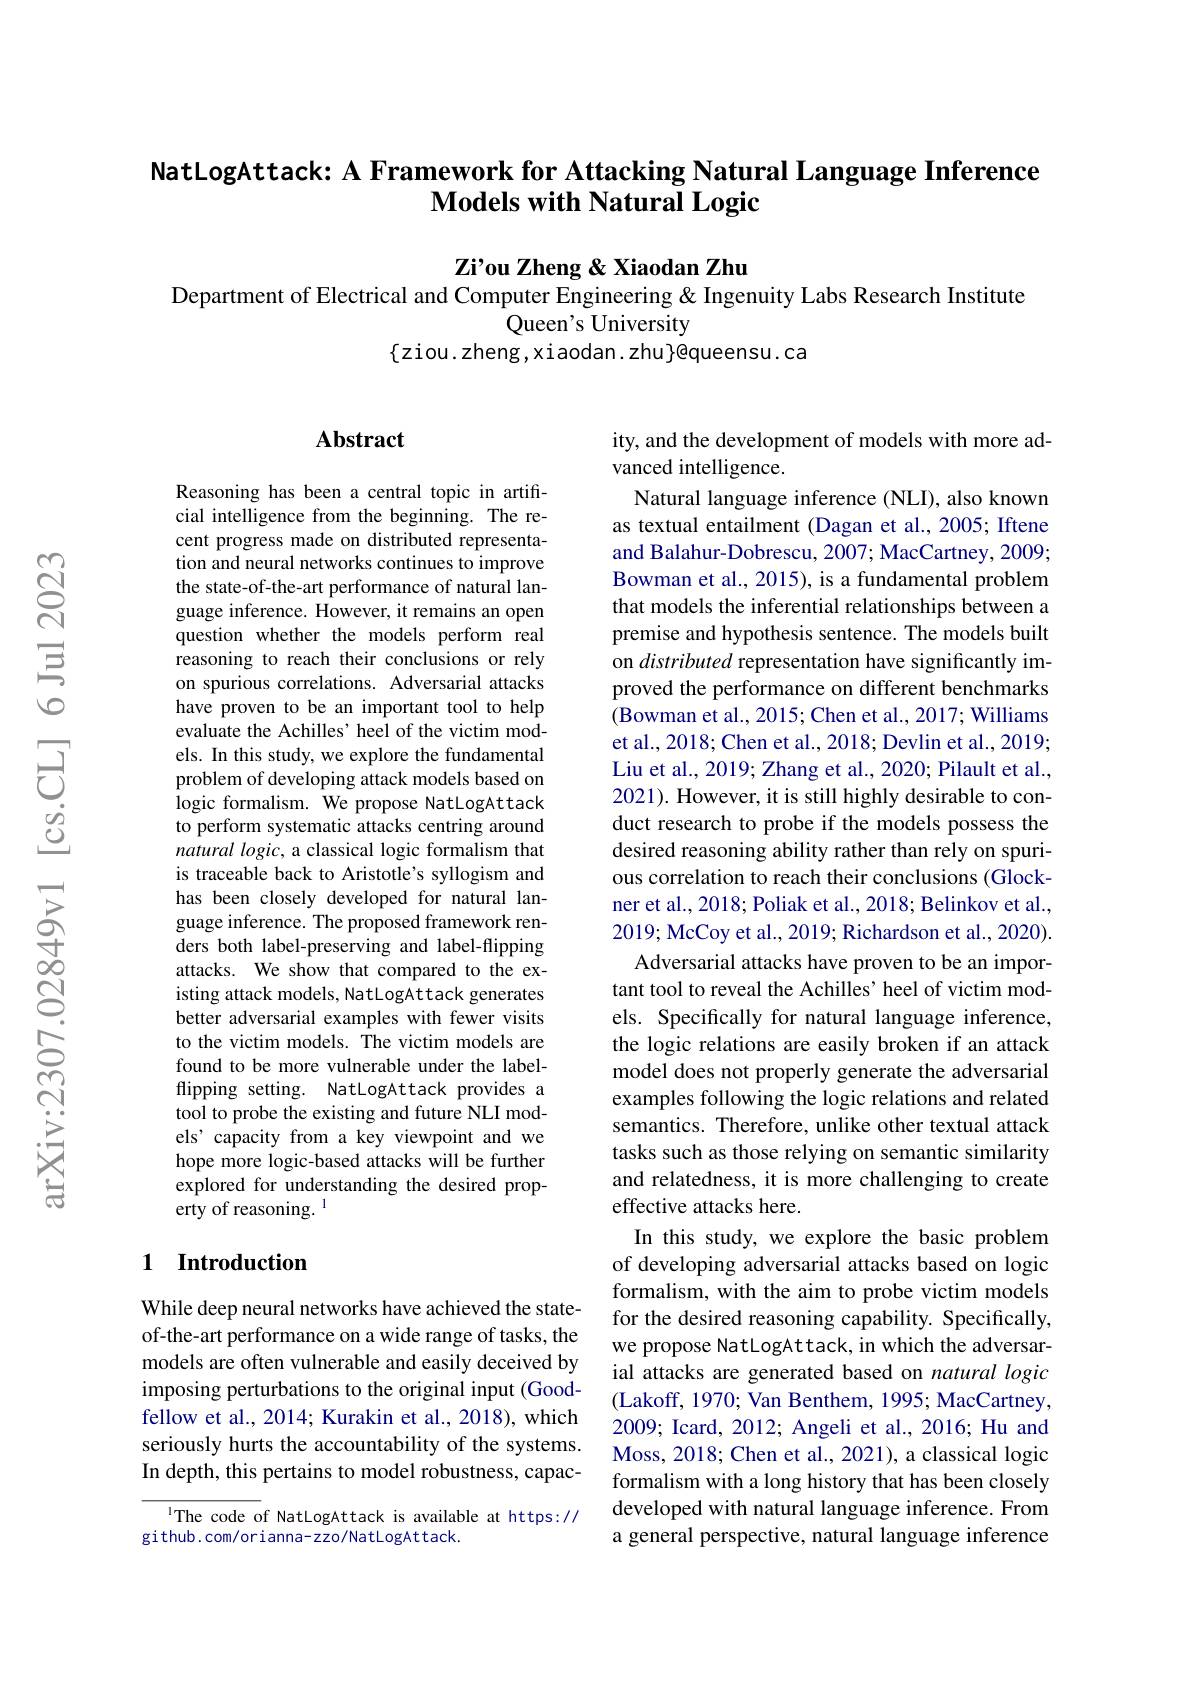
# NatLogAttack: A Framework for Attacking Natural Language Inference $\textbf{Models with Natural Logic}$

Zi'ou Zheng & Xiaodan Zhu
Department of Electrical and Computer Engineering & Ingenuity Labs Research Institute
Queen's University
$\{$ziou.zheng,xiaodan.zhu$\}$@queensu.ca

## Abstract

Reasoning has been a central topic in artificial intelligence from the beginning. The recent progress made on distributed representation and neural networks continues to improve the state-of-the-art performance of natural language inference. However, it remains an open question whether the models perform real reasoning to reach their conclusions or rely on spurious correlations. Adversarial attacks have proven to be an important tool to help evaluate the Achilles' heel of the victim models. In this study, we explore the fundamental problem of developing attack models based on logic formalism. We propose NatLogAttack to perform systematic attacks centring around natural logic, a classical logic formalism that is traceable back to Aristotle's syllogism and has been closely developed for natural language inference. The proposed framework renders both label-preserving and label-flipping attacks. We show that compared to the existing attack models, NatLogAttack generates better adversarial examples with fewer visits to the victim models. The victim models are found to be more vulnerable under the labelflipping setting. NatLogAttack provides a tool to probe the existing and future NLI models' capacity from a key viewpoint and we hope more logic-based attacks will be further explored for understanding the desired prop- ${\hat{\text{erty of reasoning.}}}^{1}$

## 1 Introduction

While deep neural networks have achieved the stateof-the-art performance on a wide range of tasks, the models are often vulnerable and easily deceived by imposing perturbations to the original input (Goodfellow et al., 2014; Kurakin et al., 2018), which seriously hurts the accountability of the systems. In depth, this pertains to model robustness, capac-

IThe code of NatLogAttack is available at https://
github.com/orianna-zzo/NatLogAttack.

ity, and the development of models with more ad-
vanced intelligence.
Natural language inference (NLI), also known as textual entailment (Dagan et al., 2005; Iftene and Balahur-Dobrescu, 2007; MacCartney, 2009; Bowman et al., 2015), is a fundamental problem that models the inferential relationships between a premise and hypothesis sentence. The models built on distributed representation have significantly improved the performance on different benchmarks (Bowman et al., 2015; Chen et al., 2017; Williams et al., 2018; Chen et al., 2018; Devlin et al., 2019; Liu et al., 2019; Zhang et al., 2020; Pilault et al., 2021). However, it is still highly desirable to conduct research to probe if the models possess the desired reasoning ability rather than rely on spurious correlation to reach their conclusions (Glockner et al., 2018; Poliak et al., 2018; Belinkov et al., 2019; McCoy et al., 2019; Richardson et al., 2020). Adversarial attacks have proven to be an important tool to reveal the Achilles' heel of victim models. Specifically for natural language inference, the logic relations are easily broken if an attack model does not properly generate the adversarial examples following the logic relations and related semantics. Therefore, unlike other textual attack tasks such as those relying on semantic similarity and relatedness, it is more challenging to create effective attacks here.
In this study, we explore the basic problem of developing adversarial attacks based on logic formalism, with the aim to probe victim models for the desired reasoning capability. Specifically, we propose NatLogAttack, in which the adversarial attacks are generated based on natural logic (Lakoff, 1970; Van Benthem, 1995; MacCartney, 2009; Icard, 2012; Angeli et al., 2016; Hu and Moss, 2018; Chen et al., 2021), a classical logic formalism with a long history that has been closely developed with natural language inference. From a general perspective, natural language inference